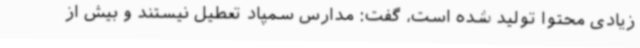
زیادی محتوا تولید شده است، گفت: مدارس سمپاد تعطیل نیستند و بیش از